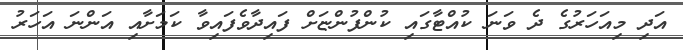
އަދި މިއަހަރުގެ ދެ ވަނަ ކުއްޓާގައި ކުންފުންޏަށް ފައިދާވެފައިވާ ކަމަށާއި އަންނަ އަހަރު